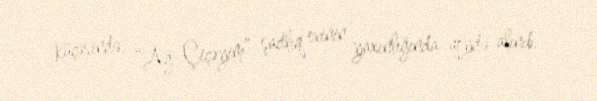
küçəsində, “Ağ Çiçəyim” şadlıq evinin yaxınlığında qeydə alınıb.